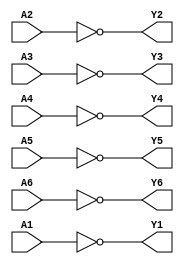
module mod_7419 (
	input A1, output Y1,
	input A2, output Y2,
	input A3, output Y3,
	input A4, output Y4,
	input A5, output Y5,
	input A6, output Y6
);
	assign Y1 = !A1;
	assign Y2 = !A2;
	assign Y3 = !A3;
	assign Y4 = !A4;
	assign Y5 = !A5;
	assign Y6 = !A6;
endmodule